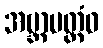
အဗ္ဘာမတ္တံဝ